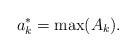
LaTeX: \begin{align*}a_k^* = \max(A_k).\end{align*}